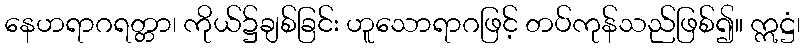
နေဟရာဂရတ္တာ၊ ကိုယ်၌ချစ်ခြင်း ဟူသောရာဂဖြင့် တပ်ကုန်သည်ဖြစ်၍။ ဣဋ္ဌံ၊